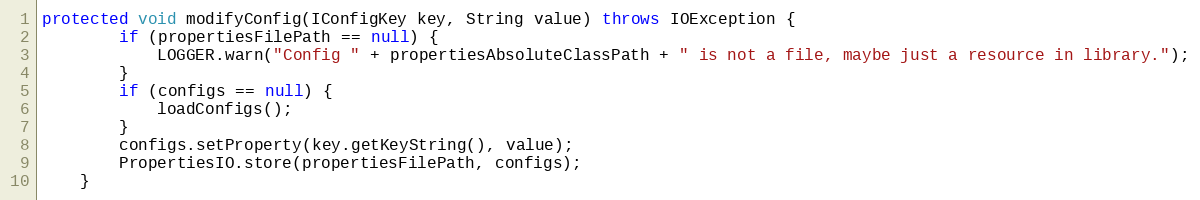
Language: Java
protected void modifyConfig(IConfigKey key, String value) throws IOException {
        if (propertiesFilePath == null) {
            LOGGER.warn("Config " + propertiesAbsoluteClassPath + " is not a file, maybe just a resource in library.");
        }
        if (configs == null) {
            loadConfigs();
        }
        configs.setProperty(key.getKeyString(), value);
        PropertiesIO.store(propertiesFilePath, configs);
    }